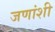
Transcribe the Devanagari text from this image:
जणांशी